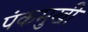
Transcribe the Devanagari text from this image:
पंकमुखी